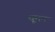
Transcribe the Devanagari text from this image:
चूमन